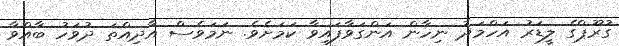
ގުރޫޕްގެ ލީޑަރު އަހްމަދު ނިހާން އަންގަވާފައިވާ ކަމަށެވެ. ނަމަވެސް އާދިއްތަ ދުވަހު ބާއްވާ